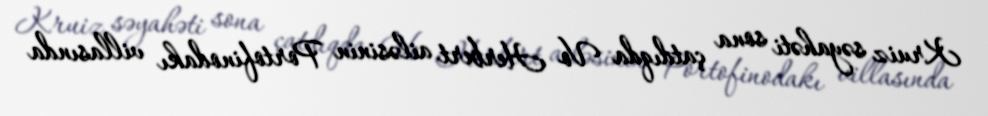
Kruiz səyahəti sona çatdıqda Vo Herbert ailəsinin Portofinodakı villasında